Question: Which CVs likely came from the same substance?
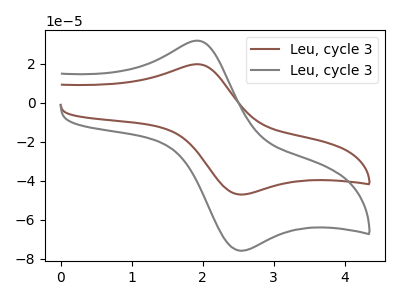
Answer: <think>The brown curve "Leu, cycle 31" has an anodic peak at (1.90V, 19.70uA) and a cathodic peak at (2.55V, -47.05uA). The gray curve "Leu, cycle 32" has an anodic peak at (1.90V, 31.75uA) and a cathodic peak at (2.55V, -75.80uA).
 All the peaks in "Leu, cycle 31" have a peak in "Leu, cycle 32" at the same potential. Every peak in "Leu, cycle 31" is lower than every peak in "Leu, cycle 32".</think>
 <answer>"Leu, cycle 32" and "Leu, cycle 31" have the same shape and are likely CV's of the same chemical.</answer>
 <eval>"Leu, cycle 32" "Leu, cycle 31"</eval>